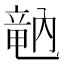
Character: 𥪞